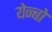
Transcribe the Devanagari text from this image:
येन्बो